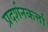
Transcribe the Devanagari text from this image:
प्रदर्शनकर्त्ता